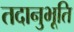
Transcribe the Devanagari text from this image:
तदानुभूति